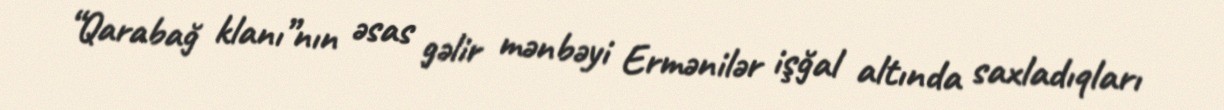
“Qarabağ klanı”nın əsas gəlir mənbəyi Ermənilər işğal altında saxladıqları